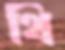
থি